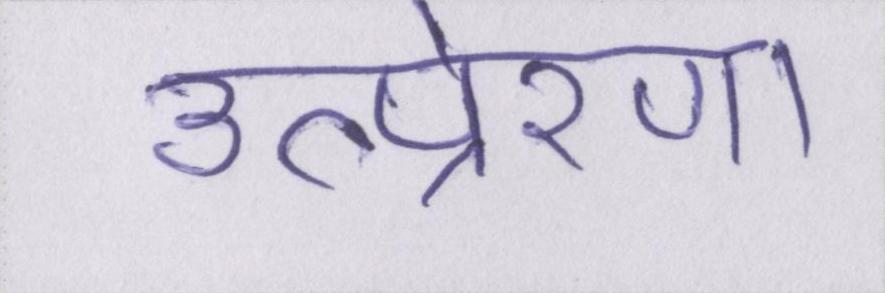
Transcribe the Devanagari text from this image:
उत्प्रेरणा